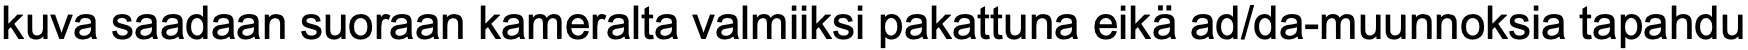
kuva saadaan suoraan kameralta valmiiksi pakattuna eikä ad/da-muunnoksia tapahdu